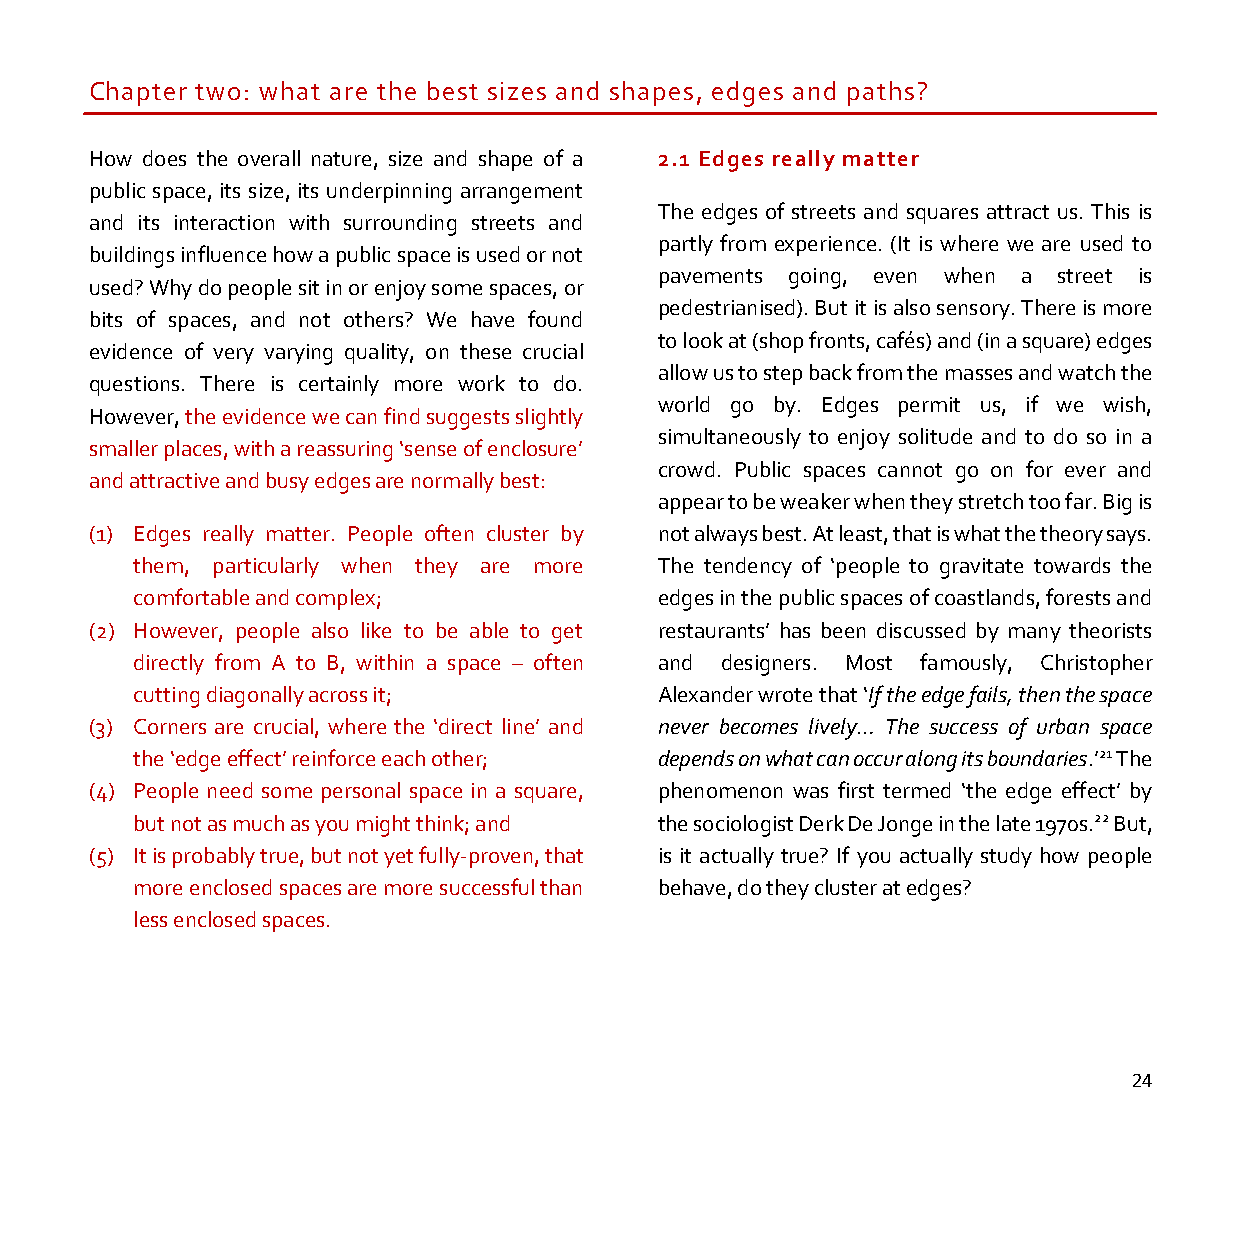
Chapter two: what are the best sizes and shapes, edges and paths?
 How does the overall nature, size and shape of a 2.1 Edges really matter
 public space, its size, its underpinning arrangement
 The edges of streets and squares attract us. This is
 and its interaction with surrounding streets and
 partly from experience. (It is where we are used to
 buildings influence how a public space is used or not
 pavements going, even when a street is
 used? Why do people sit in or enjoy some spaces, or
 pedestrianised). But it is also sensory. There is more
 bits of spaces, and not others? We have found
 to look at (shop fronts, cafés) and (in a square) edges
 evidence of very varying quality, on these crucial
 allow us to step back from the masses and watch the
 questions. There is certainly more work to do.
 world go by. Edges permit us, if we wish,
 However, the evidence we can find suggests slightly
 simultaneously to enjoy solitude and to do so in a
 smaller places, with a reassuring ‘sense of enclosure’
 crowd. Public spaces cannot go on for ever and
 and attractive and busy edges are normally best:
 appear to be weaker when they stretch too far. Big is
 (1) Edges really matter. People often cluster by not always best. At least, that is what the theory says.
 them, particularly when they are more The tendency of ‘people to gravitate towards the
 comfortable and complex;           edges in the public spaces of coastlands, forests and
 (2) However, people also like to be able to get restaurants’ has been discussed by many theorists
 directly from A to B, within a space – often and designers. Most famously, Christopher
 cutting diagonally across it;      Alexander wrote that ‘If the edge fails, then the space
 (3) Corners are crucial, where the ‘direct line’ and never becomes lively… The success of urban space
 the ‘edge effect’ reinforce each other; depends on what can occur along its boundaries.’21 The
 (4) People need some personal space in a square, phenomenon was first termed ‘the edge effect’ by
 but not as much as you might think; and the sociologist Derk De Jonge in the late 1970s.22 But,
 (5) It is probably true, but not yet fully-proven, that is it actually true? If you actually study how people
 more enclosed spaces are more successful than behave, do they cluster at edges?
 less enclosed spaces.
 24